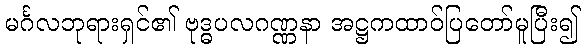
မင်္ဂလဘုရားရှင်၏ ဗုဒ္ဓပလဂဏ္ဏနာ အဋ္ဌကထာဝ်ပြတော်မူပြီး၍